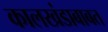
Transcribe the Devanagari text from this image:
कालखंडाबाबत